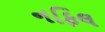
નફિલ